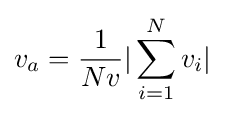
v_{a}={\frac {1}{Nv}}|\sum _{i=1}^{N}v_{i}|